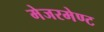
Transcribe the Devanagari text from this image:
मेजरमेण्ट